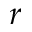
r